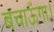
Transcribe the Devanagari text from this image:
बचाऊँगा।